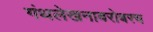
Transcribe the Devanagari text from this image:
गंथलेखनाबरोबरच